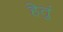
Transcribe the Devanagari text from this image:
हेतुं